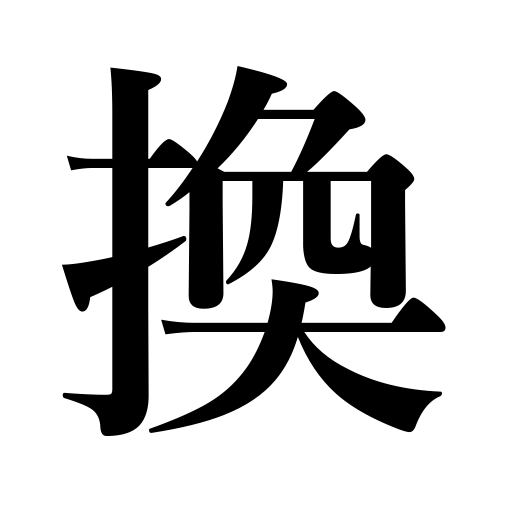
Meanings: exchange,change,turn,renew,convert,replace,relieve,substitute